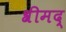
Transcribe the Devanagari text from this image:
श्रीमद्‍